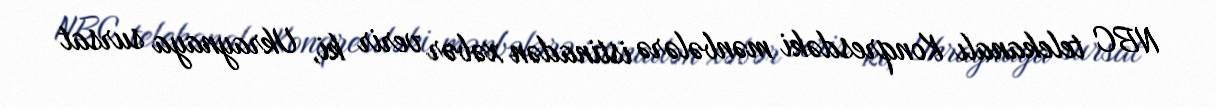
NBC telekanalı Konqresdəki mənbələrə istinadən xəbər verir ki, Ukraynaya sursat